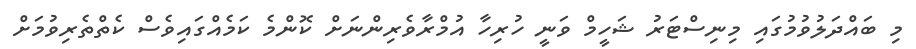
މި ބައްދަލުވުމުގައި މިނިސްޓަރު ޝަހީމް ވަނީ ހުރިހާ އުމްރާވެރިންނަށް ކޮންމެ ކަމެއްގައިވެސް ކެތްތެރިވުމަށް